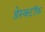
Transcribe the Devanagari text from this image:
डेस्क्टॉफ